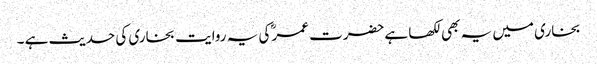
بخاری میں یہ بھی لکھا ہےحضرت عمر ؓکی یہ روایت بخاری کی حدیث ہے ۔